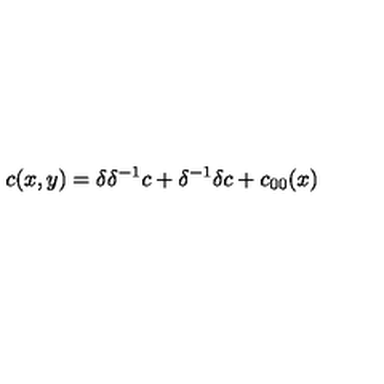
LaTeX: c ( x , y ) = \delta \delta ^ { - 1 } c + \delta ^ { - 1 } \delta c + c _ { 0 0 } ( x )